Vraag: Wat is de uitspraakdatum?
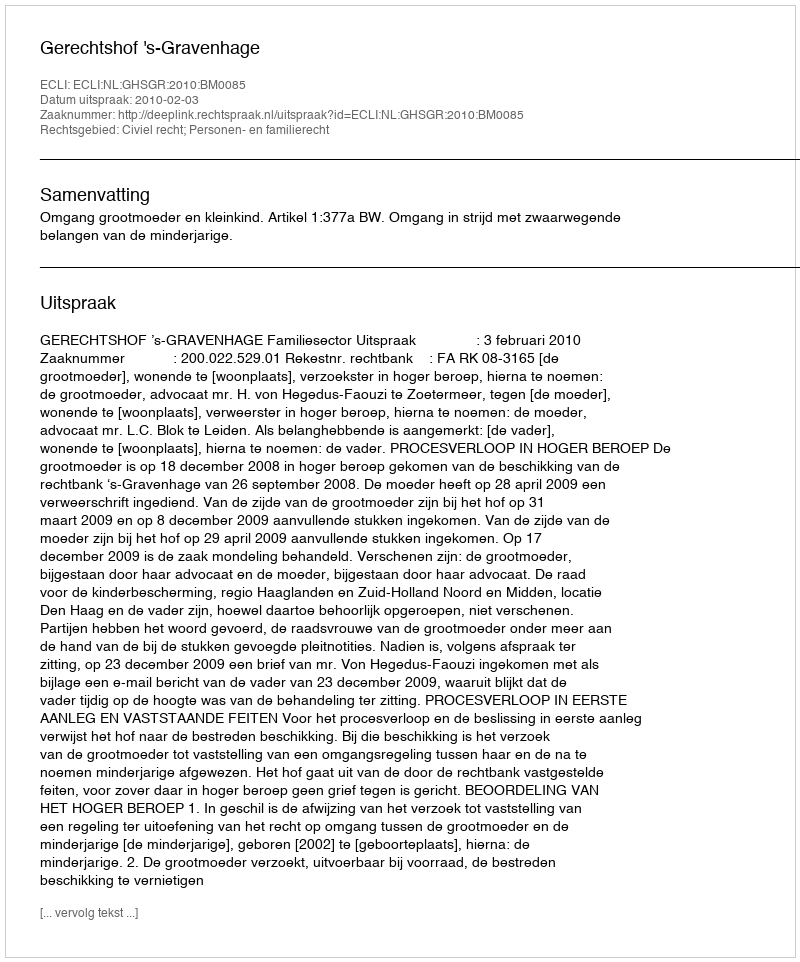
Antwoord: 2010-02-03